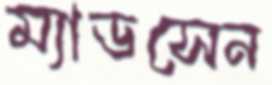
ম্যাডসেন